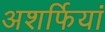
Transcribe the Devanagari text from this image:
अशर्फियां